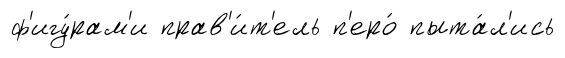
ф'игу́рам'и прав'и́т'ель п'еро́ пыта́л'ись